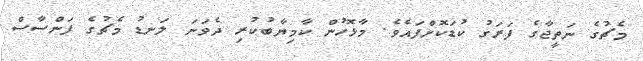
މެޗުގެ ނަތީޖާގެ ފަރަގު ކުޑަކޮށްފައެވެ. މާޅޮހުން ކާމިޔާބުކުރި ދެވަނަ ލަނޑު މެޗުގެ ފަންސާސް